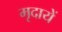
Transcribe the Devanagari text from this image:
मृदायें